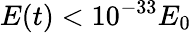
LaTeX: E(t)<10^{-33}E_{0}